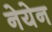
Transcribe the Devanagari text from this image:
नेयेन